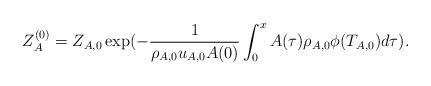
LaTeX: \begin{align*}Z_A^{(0)} =Z_{A,0}\exp(-\frac{1}{\rho_{A,0} u_{A,0} A(0)}\int_0^x A(\tau)\rho_{A,0}\phi(T_{A,0})d\tau).\end{align*}